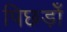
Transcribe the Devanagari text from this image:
पिछड़ोँ